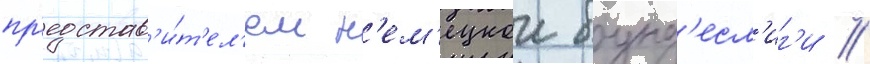
пр'едстав'и́т'ел'ем н'ем'ецкои бунд'есл'иг'и /